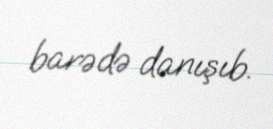
barədə danışıb.